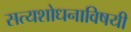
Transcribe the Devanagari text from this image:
सत्यशोधनाविषयी